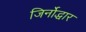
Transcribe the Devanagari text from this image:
जिर्नोद्धार